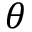
\boldsymbol { \theta }